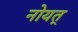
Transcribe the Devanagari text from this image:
नोयत्